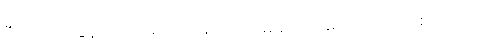
ဒီတော့ ကျနော်တို့ ကို များကိုမြင်ရပါလိမ့်မယ် အဓိက ကိုစောင့်စရာမလိုပဲ။